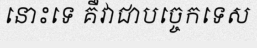
នោះទេ គឺវាជាបច្ចេកទេស